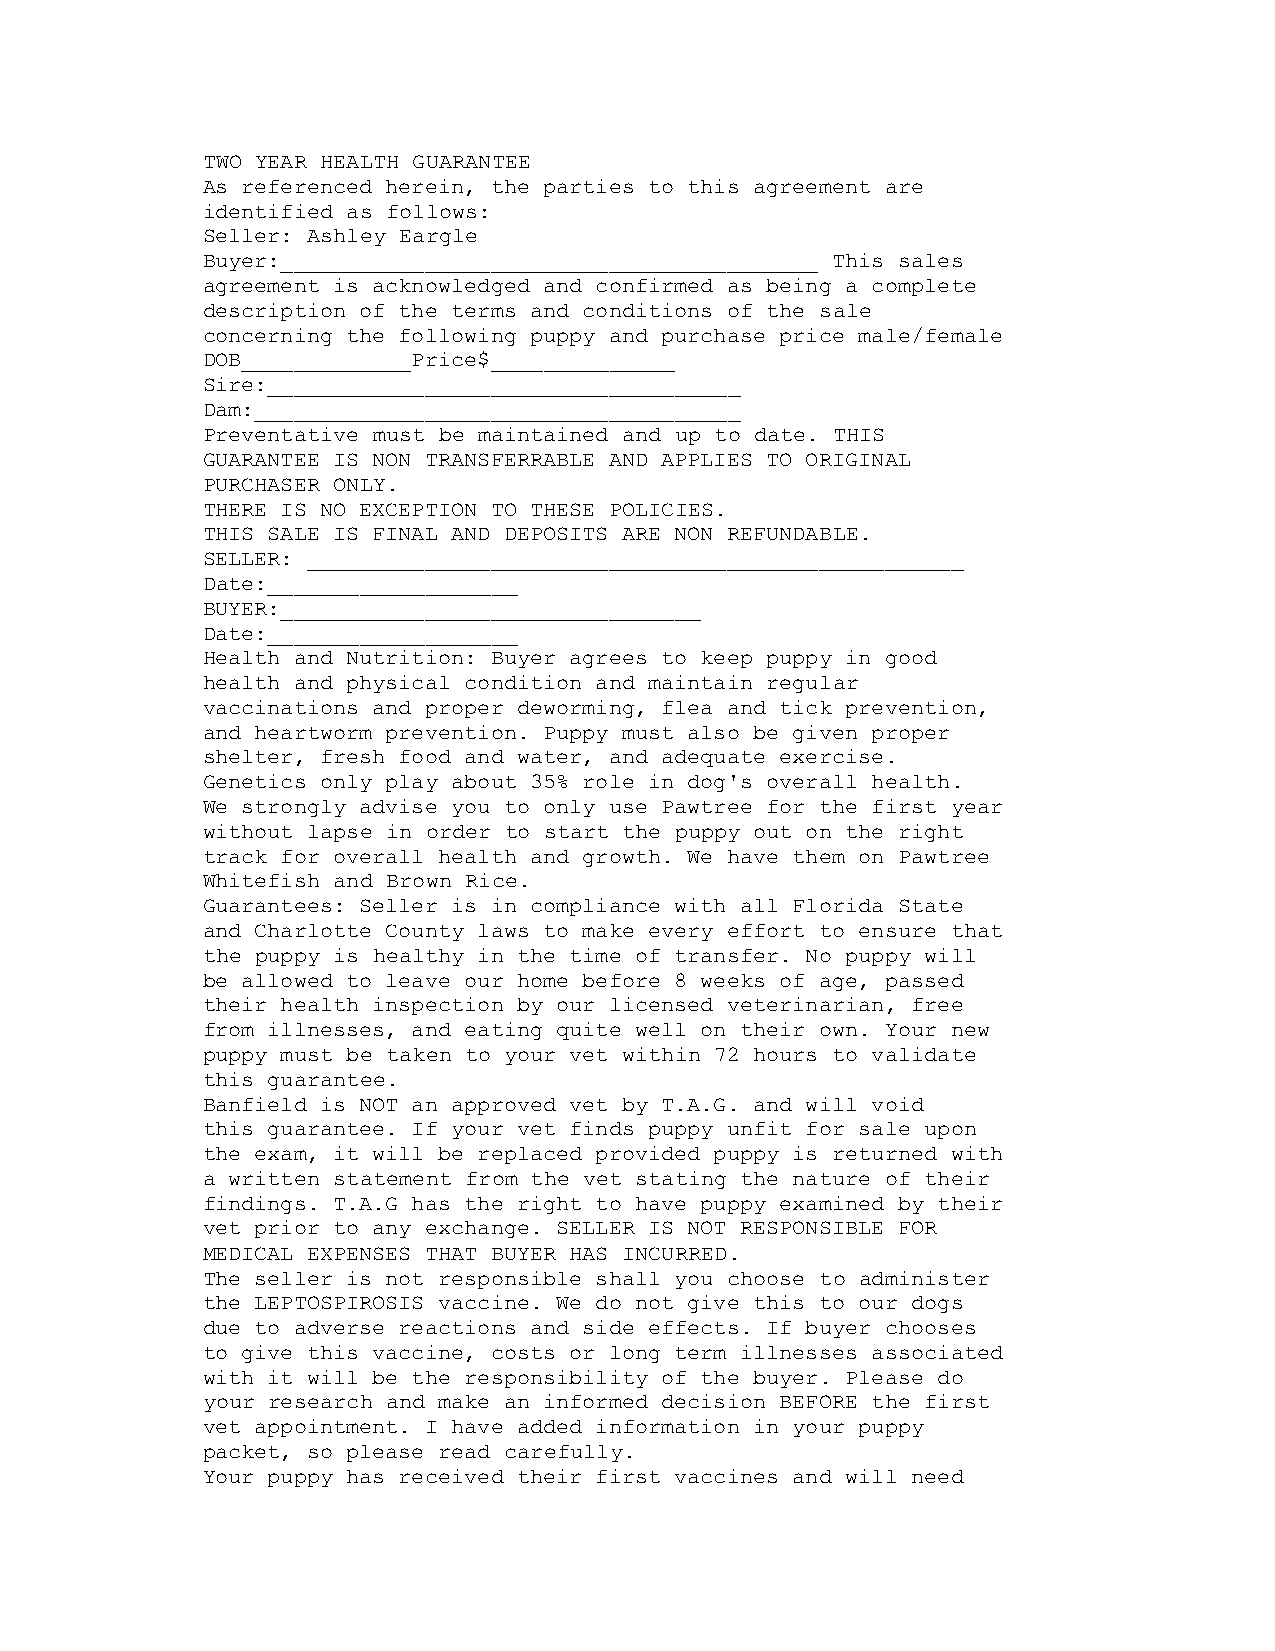
TWO YEAR HEALTH GUARANTEE
 As referenced herein, the parties to this agreement are
 identified as follows:
 Seller: Ashley Eargle
 Buyer:_________________________________________ This sales
 agreement is acknowledged and confirmed as being a complete
 description of the terms and conditions of the sale
 concerning the following puppy and purchase price male/female
 DOB_____________Price$______________
 Sire:____________________________________
 Dam:_____________________________________
 Preventative must be maintained and up to date. THIS
 GUARANTEE IS NON TRANSFERRABLE AND APPLIES TO ORIGINAL
 PURCHASER ONLY.
 THERE IS NO EXCEPTION TO THESE POLICIES.
 THIS SALE IS FINAL AND DEPOSITS ARE NON REFUNDABLE.
 SELLER: __________________________________________________
 Date:___________________
 BUYER:________________________________
 Date:___________________
 Health and Nutrition: Buyer agrees to keep puppy in good
 health and physical condition and maintain regular
 vaccinations and proper deworming, flea and tick prevention,
 and heartworm prevention. Puppy must also be given proper
 shelter, fresh food and water, and adequate exercise.
 Genetics only play about 35% role in dog's overall health.
 We strongly advise you to only use Pawtree for the first year
 without lapse in order to start the puppy out on the right
 track for overall health and growth. We have them on Pawtree
 Whitefish and Brown Rice.
 Guarantees: Seller is in compliance with all Florida State
 and Charlotte County laws to make every effort to ensure that
 the puppy is healthy in the time of transfer. No puppy will
 be allowed to leave our home before 8 weeks of age, passed
 their health inspection by our licensed veterinarian, free
 from illnesses, and eating quite well on their own. Your new
 puppy must be taken to your vet within 72 hours to validate
 this guarantee.
 Banfield is NOT an approved vet by T.A.G. and will void
 this guarantee. If your vet finds puppy unfit for sale upon
 the exam, it will be replaced provided puppy is returned with
 a written statement from the vet stating the nature of their
 findings. T.A.G has the right to have puppy examined by their
 vet prior to any exchange. SELLER IS NOT RESPONSIBLE FOR
 MEDICAL EXPENSES THAT BUYER HAS INCURRED.
 The seller is not responsible shall you choose to administer
 the LEPTOSPIROSIS vaccine. We do not give this to our dogs
 due to adverse reactions and side effects. If buyer chooses
 to give this vaccine, costs or long term illnesses associated
 with it will be the responsibility of the buyer. Please do
 your research and make an informed decision BEFORE the first
 vet appointment. I have added information in your puppy
 packet, so please read carefully.
 Your puppy has received their first vaccines and will need